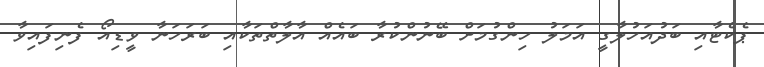
ޕެކެޓާއި ބަދުއަހުލާގީ އަމަލު ހިންގުމަށް ބޭނުންކުރާ ބައެއް އާލާތްތަކާއި ބަރަހަނާ ވީޑިއޯ ފެނިފައިވާ